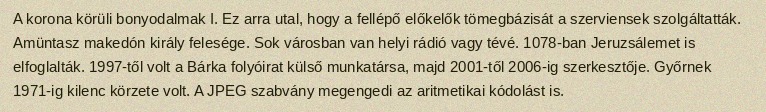
A korona körüli bonyodalmak I. Ez arra utal, hogy a fellépő előkelők tömegbázisát a szerviensek szolgáltatták. Amüntasz makedón király felesége. Sok városban van helyi rádió vagy tévé. 1078-ban Jeruzsálemet is elfoglalták. 1997-től volt a Bárka folyóirat külső munkatársa, majd 2001-től 2006-ig szerkesztője. Győrnek 1971-ig kilenc körzete volt. A JPEG szabvány megengedi az aritmetikai kódolást is.